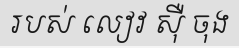
របស់ លៀវ ស៊ឺ ចុង